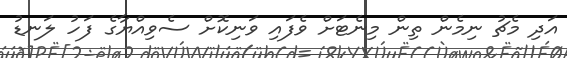
އަދި މެޗު ނިމެން ތިން މިނެޓަށް ވެފައި ވަނިކޮށް ސެވިއްޔާގެ ފަހު ލަނޑު